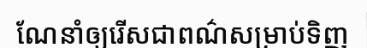
ណែនាំឲ្យរើសជាពណ៌សម្រាប់ទិញ